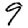
Digit: 9